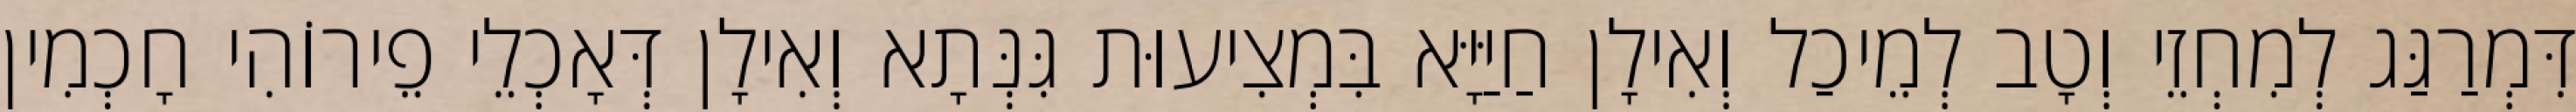
דִּמְרַגַּג לְמִחְזֵי וְטָב לְמֵיכַל וְאִילָן חַיַּיָּא בִּמְצִיעוּת גִּנְּתָא וְאִילָן דְּאָכְלֵי פֵירוֹהִי חָכְמִין